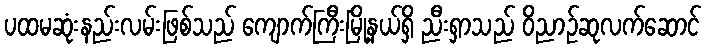
ပထမဆုံးနည်းလမ်းဖြစ်သည် ကျောက်ကြီးမြို့နယ်ရှိ ညီးရှာသည် ဝိညာဉ်ဆုလက်ဆောင်